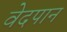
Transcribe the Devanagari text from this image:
वेदपान